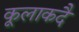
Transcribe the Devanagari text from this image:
कूलाकदै